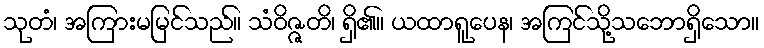
သုတံ၊ အကြားမမြင်သည်။ သံဝိဇ္ဇတိ၊ ရှိ၏။ ယထာရူပေန၊ အကြင်သို့သဘောရှိသော။